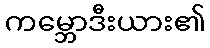
ကမ္ဘောဒီးယား၏